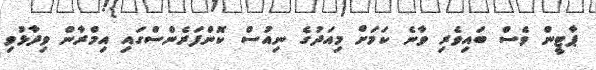
ޕާޓީން ވެސް ބައިވެރި ވާނެ ކަމަށް މިއަދުގެ ނިއުސް ކޮންފަރެންސްގައި އިމްރާން ވިދާޅުވި